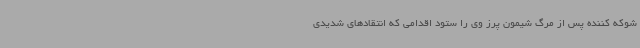
شوکه کننده پس از مرگ شیمون پرز وی را ستود اقدامی که انتقادهای شدیدی